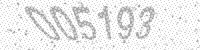
Solution: 005193